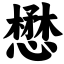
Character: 懋